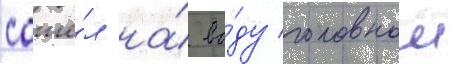
сошё́л на́ во́ду головнои